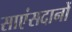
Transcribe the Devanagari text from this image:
साएंसदानों